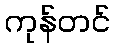
ကုန်တင်